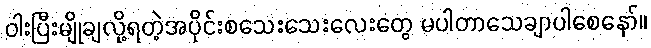
ဝါးပြီးမျိုချလို့ရတဲ့အပိုင်းစသေးသေးလေးတွေ မပါတာသေချာပါစေနော်။